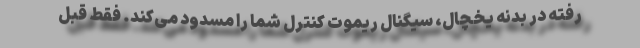
رفته در بدنه یخچال، سیگنال ریموت کنترل شما را مسدود می‌کند. فقط قبل